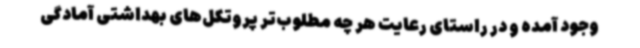
وجود آمده و در راستای رعایت هر چه مطلوب‌تر پروتکل‌های بهداشتی آمادگی